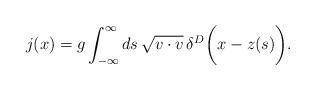
LaTeX: \begin{align*}j(x)=g\int^{\infty}_{-\infty} ds\,\sqrt{v\cdot v}\,\delta ^{D}\biggl (x-z(s)\biggr).\end{align*}